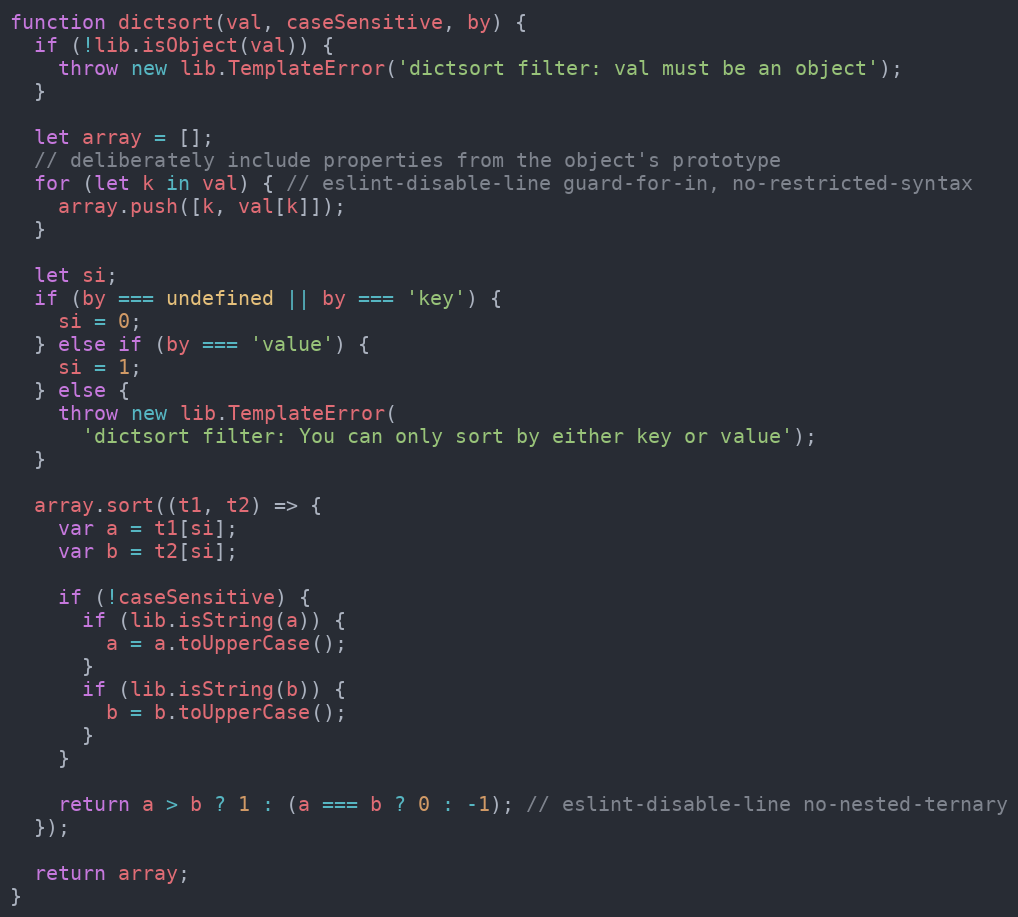
Language: JavaScript
function dictsort(val, caseSensitive, by) {
  if (!lib.isObject(val)) {
    throw new lib.TemplateError('dictsort filter: val must be an object');
  }

  let array = [];
  // deliberately include properties from the object's prototype
  for (let k in val) { // eslint-disable-line guard-for-in, no-restricted-syntax
    array.push([k, val[k]]);
  }

  let si;
  if (by === undefined || by === 'key') {
    si = 0;
  } else if (by === 'value') {
    si = 1;
  } else {
    throw new lib.TemplateError(
      'dictsort filter: You can only sort by either key or value');
  }

  array.sort((t1, t2) => {
    var a = t1[si];
    var b = t2[si];

    if (!caseSensitive) {
      if (lib.isString(a)) {
        a = a.toUpperCase();
      }
      if (lib.isString(b)) {
        b = b.toUpperCase();
      }
    }

    return a > b ? 1 : (a === b ? 0 : -1); // eslint-disable-line no-nested-ternary
  });

  return array;
}